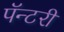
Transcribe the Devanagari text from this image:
पॅन्टरी